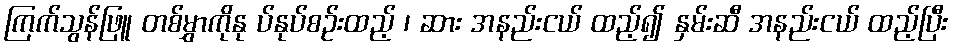
ကြက်သွန်ဖြူ တစ်မွှာကိုနု ပ်နုပ်စဉ်းထည့် ၊ ဆား အနည်းငယ် ထည့်၍ နှမ်းဆီ အနည်းငယ် ထည့်ပြီး